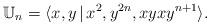
LaTeX: \begin{align*} \mathbb U_n=\langle x,y\,|\,x^2,y^{2n},xyxy^{n+1} \rangle. \end{align*}